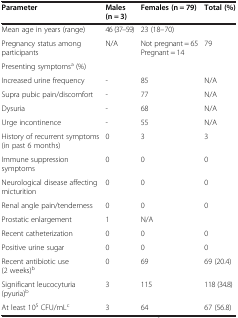
| Parameter | Males (n = 3) | Females (n = 79) | Total (%) |
 | --- | --- | --- | --- |
 | Mean age in years (range) | 46 (37–59) | 23 (18–70) |  |
 | Pregnancy status among participants | N/A | Not pregnant = 65 Pregnant = 14 | 79 |
 | Presenting symptomsa (%) |  |  |  |
 | Increased urine frequency | - | 85 | N/A |
 | Supra pubic pain/discomfort | - | 77 | N/A |
 | Dysuria | - | 68 | N/A |
 | Urge incontinence | - | 55 | N/A |
 | History of recurrent symptoms (in past 6 months) | 0 | 3 | 3 |
 | Immune suppression symptoms | 0 | 0 | 0 |
 | Neurological disease affecting micturition | 0 | 0 | 0 |
 | Renal angle pain/tenderness | 0 | 0 | 0 |
 | Prostatic enlargement | 1 | N/A |  |
 | Recent catheterization | 0 | 0 | 0 |
 | Positive urine sugar | 0 | 0 | 0 |
 | Recent antibiotic use (2 weeks)b | 0 | 69 | 69 (20.4) |
 | Significant leucocyturia (pyuria)b | 3 | 115 | 118 (34.8) |
 | At least 105 CFU/mLc | 3 | 64 | 67 (56.8) |